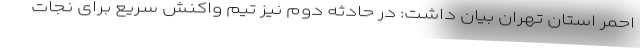
احمر استان تهران بیان داشت: در حادثه دوم نیز تیم واکنش سریع برای نجات